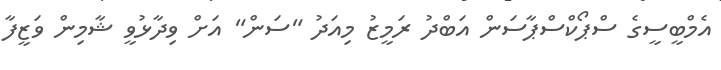
އެމްބީސީގެ ސްޕޯކްސްޕާސަން އަބްދު ރަމީޒު މިއަދު "ސަން" އަށް ވިދާޅުވީ ޝާމިން ވަޒީފާ